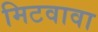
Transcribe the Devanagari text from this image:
मिटवावा